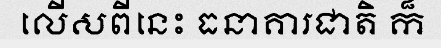
លើសពីនេះ ធនាគារជាតិ ក៏